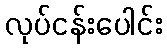
လုပ်ငန်းပေါင်း